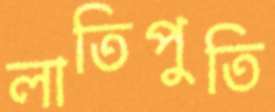
লাতিপুতি